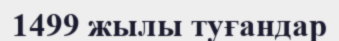
1499 жылы туғандар